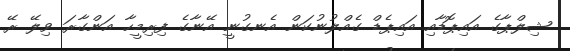
ޝިލްޕާގެ އައިޕޮޑާއި އައިޕެޑް ގެއްލުނުކަން އެނގުނީ އޭނާގެ ފިރިމީހާ އަންގާރަ ވިލޭ ރޭ